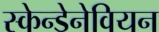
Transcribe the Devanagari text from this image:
स्केन्डेनेवियन